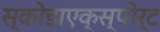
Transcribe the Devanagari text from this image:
स्कोडाएक्स्पोर्ट